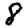
Digit: 8